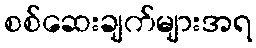
စစ်ဆေးချက်များအရ